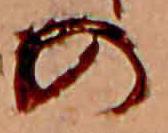
の